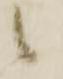
候